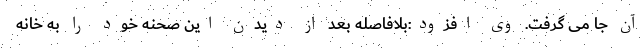
آن جا می گرفت. وی افزود:بلافاصله بعد از دیدن این صحنه خود را به خانه